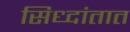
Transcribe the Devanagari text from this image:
सिध्दांतात